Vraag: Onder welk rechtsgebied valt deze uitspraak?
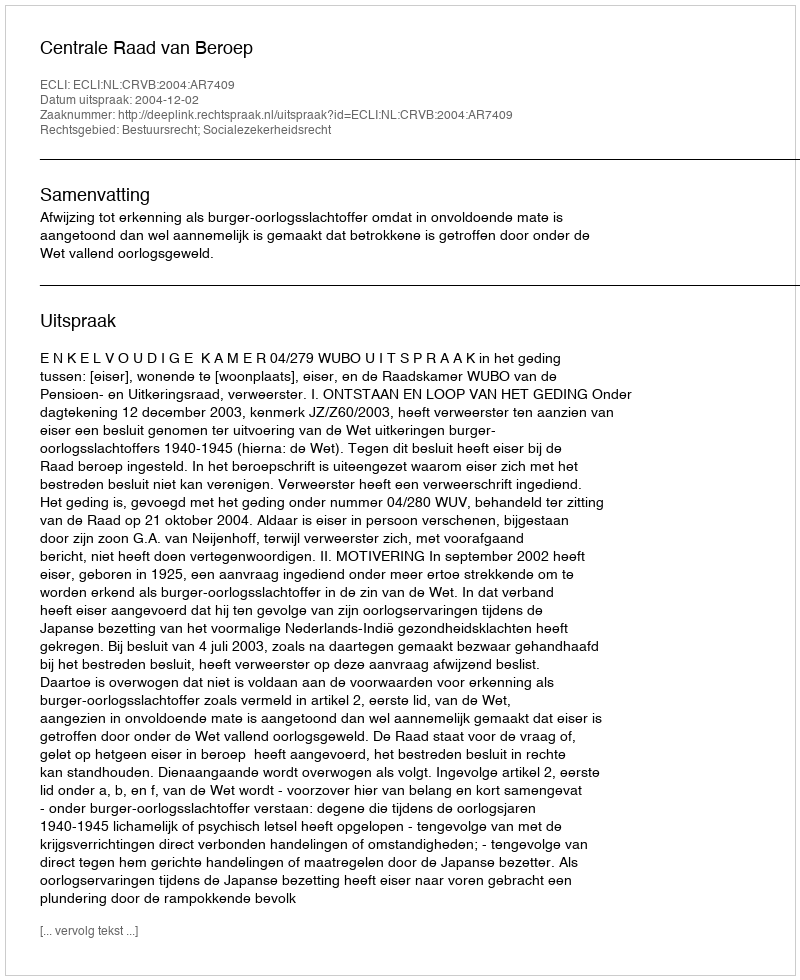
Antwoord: Bestuursrecht; Socialezekerheidsrecht